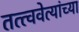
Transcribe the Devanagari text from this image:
तत्त्ववेत्यांच्या